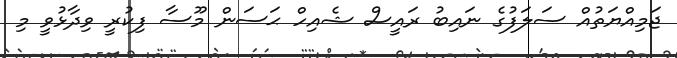
ޖަމިއްޔަތުއް ސަލަފުގެ ނައިބު ރައީސް ޝެއިހް ޙަސަން މޫސާ ފިކުރީ ވިދާޅުވީ މި